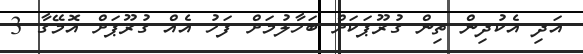
އަދި އެކުދިން ތިން ގުރޫޕަކަށް ބަހާލުމަށް ފަހު އެއް ގުރޫޕަށް އޮމޭގާ 3